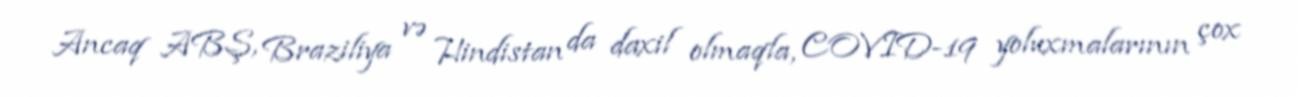
Ancaq ABŞ, Braziliya və Hindistan da daxil olmaqla, COVID-19 yoluxmalarının çox